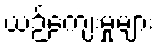
ယဉ်ကျေးမှုများ